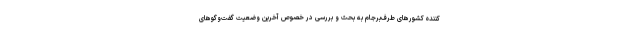
کننده کشورهای طرف‌برجام به بحث و بررسی در خصوص آخرین وضعیت گفت‌وگوهای